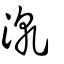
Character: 漧